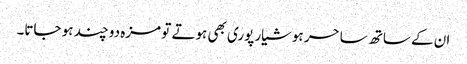
ان کے ساتھ ساحر ہوشیار پوری بھی ہوتے تو مزہ دو چند ہو جاتا۔